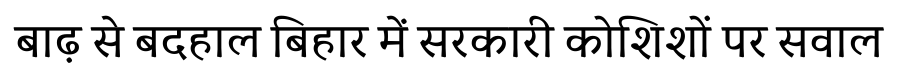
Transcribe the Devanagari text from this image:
बाढ़ से बदहाल बिहार में सरकारी कोशिशों पर सवाल